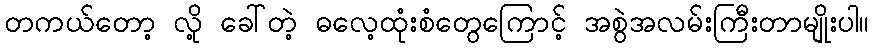
တကယ်တော့ လို့ ခေါ်တဲ့ ဓလေ့ထုံးစံတွေကြောင့် အစွဲအလမ်းကြီးတာမျိုးပါ။